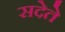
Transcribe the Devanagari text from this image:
सदेते